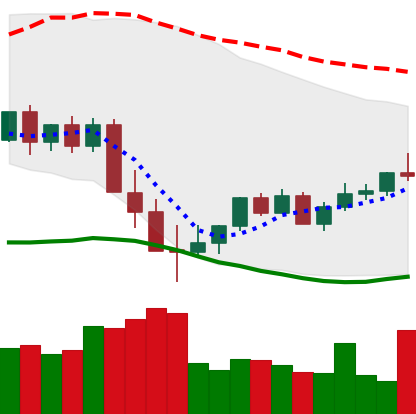
Ticker: XMR-USD
Chart end date: 2022-05-23
Forward return: -5.128%
Label: down_5_7